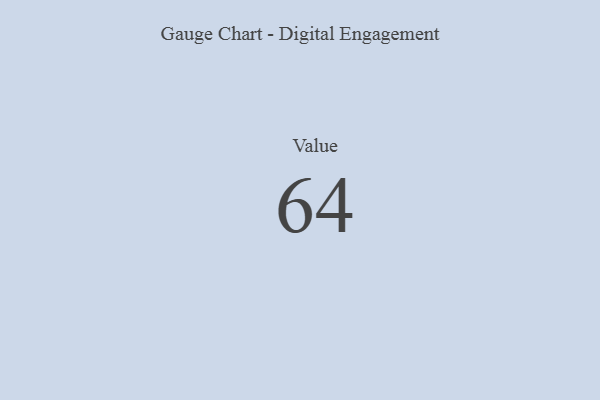
{"axis": {"x": "Metric", "y": "Value"}, "legend": [""], "data": [{"x": "Value", "y": 64, "type": ""}]}